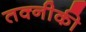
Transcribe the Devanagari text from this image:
तक्नीकी